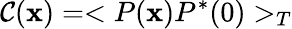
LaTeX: \mathcal{C}({\mathbf{x}})=<P({\mathbf{x}})P^{*}(0)>_{T}